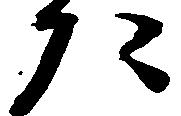
た